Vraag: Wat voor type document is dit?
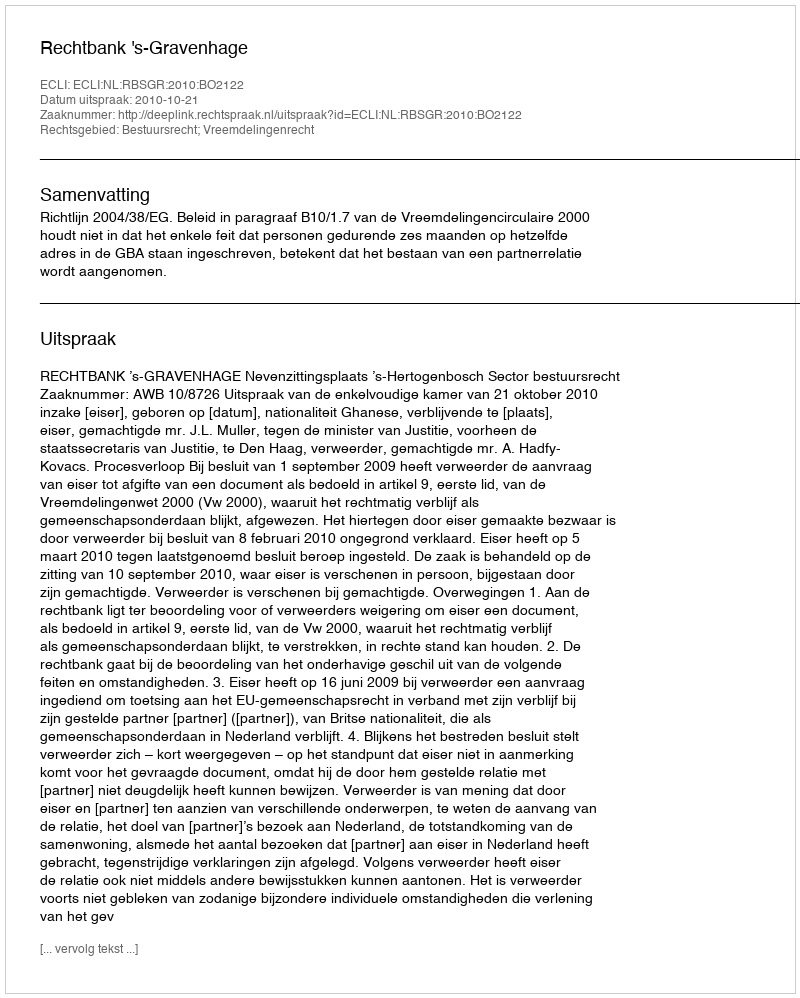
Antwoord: Uitspraak